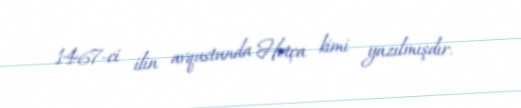
1467-ci ilin avqustunda Hotça kimi yazılmışdır.